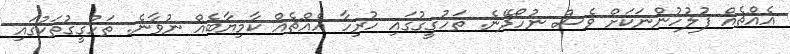
އެއްޗެއް ފުލުހުންނަކަށް ވެސް ނުހޯދޭނެ. ތަހުގީގުގައި ހުރިހާ އެއްޗެއް ކާމިޔާބެއް ނުވާނެ. ތަހުގީގުތަކުގައި